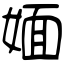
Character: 媔